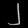
Digit: ၂